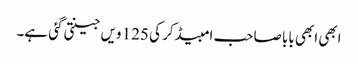
ابھی ابھی بابا صاحب امبیڈکر کی 125 ویں جینتی گئی ہے۔